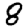
Digit: 8